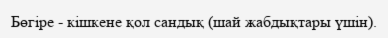
Бөгіре - кішкене қол сандық (шай жабдықтары үшін).